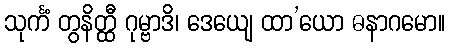
သုင်္ကံ တွနိတ္ထီ ဂုမ္ဗာဒိ၊ ဒေယျေ ထာ’ယော ဓနာဂမော။